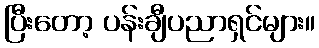
ပြီးတော့ ပန်းချီပညာရှင်များ။